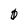
Character: 0